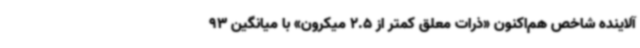
آلاینده شاخص هم‌اکنون «ذرات معلق کمتر از 2.5 میکرون» با میانگین 93